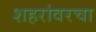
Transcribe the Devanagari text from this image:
शहरांवरचा